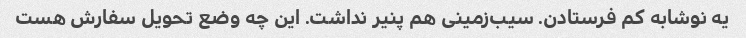
یه نوشابه کم فرستادن. سیب‌زمینی هم پنیر نداشت. این چه وضع تحویل سفارش هست